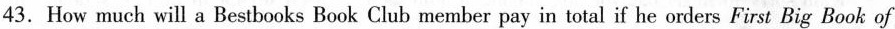
43. How much will a Bestbooks Book Club member pay in total if he orders First Big Book of